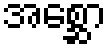
အစ္ဆော